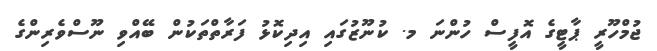
ޖުމްހޫރީ ޕާޓީގެ އޮފީސް ހުންނަ މ. ކުނޫޒުގައި އިދިކޮޅު ފަރާތްތަކުން ބޭއްވި ނޫސްވެރިންގެ